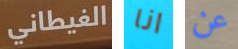
الغيطاني انا عن